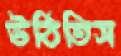
উঠিতিস